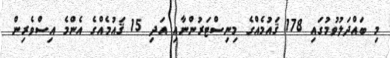
މި ބައްދަލުވުމުގައި 178 ޤައުމެއްގެ މިނިސްޓަރުންނާއި އަދި 15 ޤައުމެއްގެ އެންމެ އިސްވެރިން